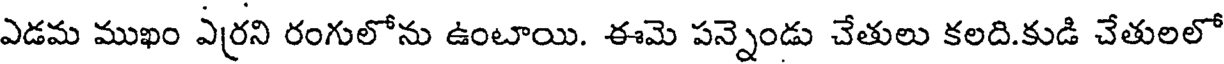
ఎడమ ముఖం ఎర్రని రంగులోను ఉంటాయి. ఈమె పన్నెండు చేతులు కలది.కుడి చేతులలో